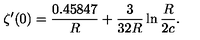
\zeta ^ { \prime } ( 0 ) = \frac { 0 . 4 5 8 4 7 } { R } + \frac { 3 } { 3 2 R } \ln \frac { R } { 2 c } .